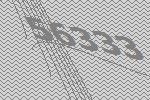
56333